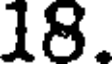
18.